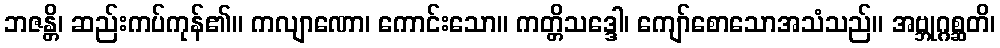
ဘဇန္တိ၊ ဆည်းကပ်ကုန်၏။ ကလျာဏော၊ ကောင်းသော။ ကတ္တိသဒ္ဒေါ၊ ကျော်စောသောအသံသည်။ အဗ္ဘုဂ္ဂစ္ဆတိ၊